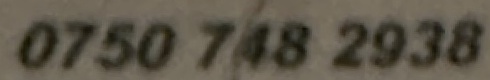
0750 748 2938